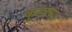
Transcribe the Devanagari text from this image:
कुडाया